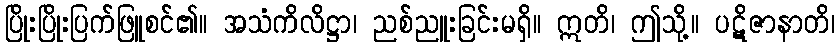
ပြိုးပြိုးပြက်ဖြူစင်၏။ အသံကိလိဋ္ဌာ၊ ညစ်ညူးခြင်းမရှိ။ ဣတိ၊ ဤသို့။ ပဋိဇာနာတိ၊